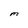
Character: M